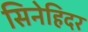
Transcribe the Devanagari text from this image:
सिनेहिदर